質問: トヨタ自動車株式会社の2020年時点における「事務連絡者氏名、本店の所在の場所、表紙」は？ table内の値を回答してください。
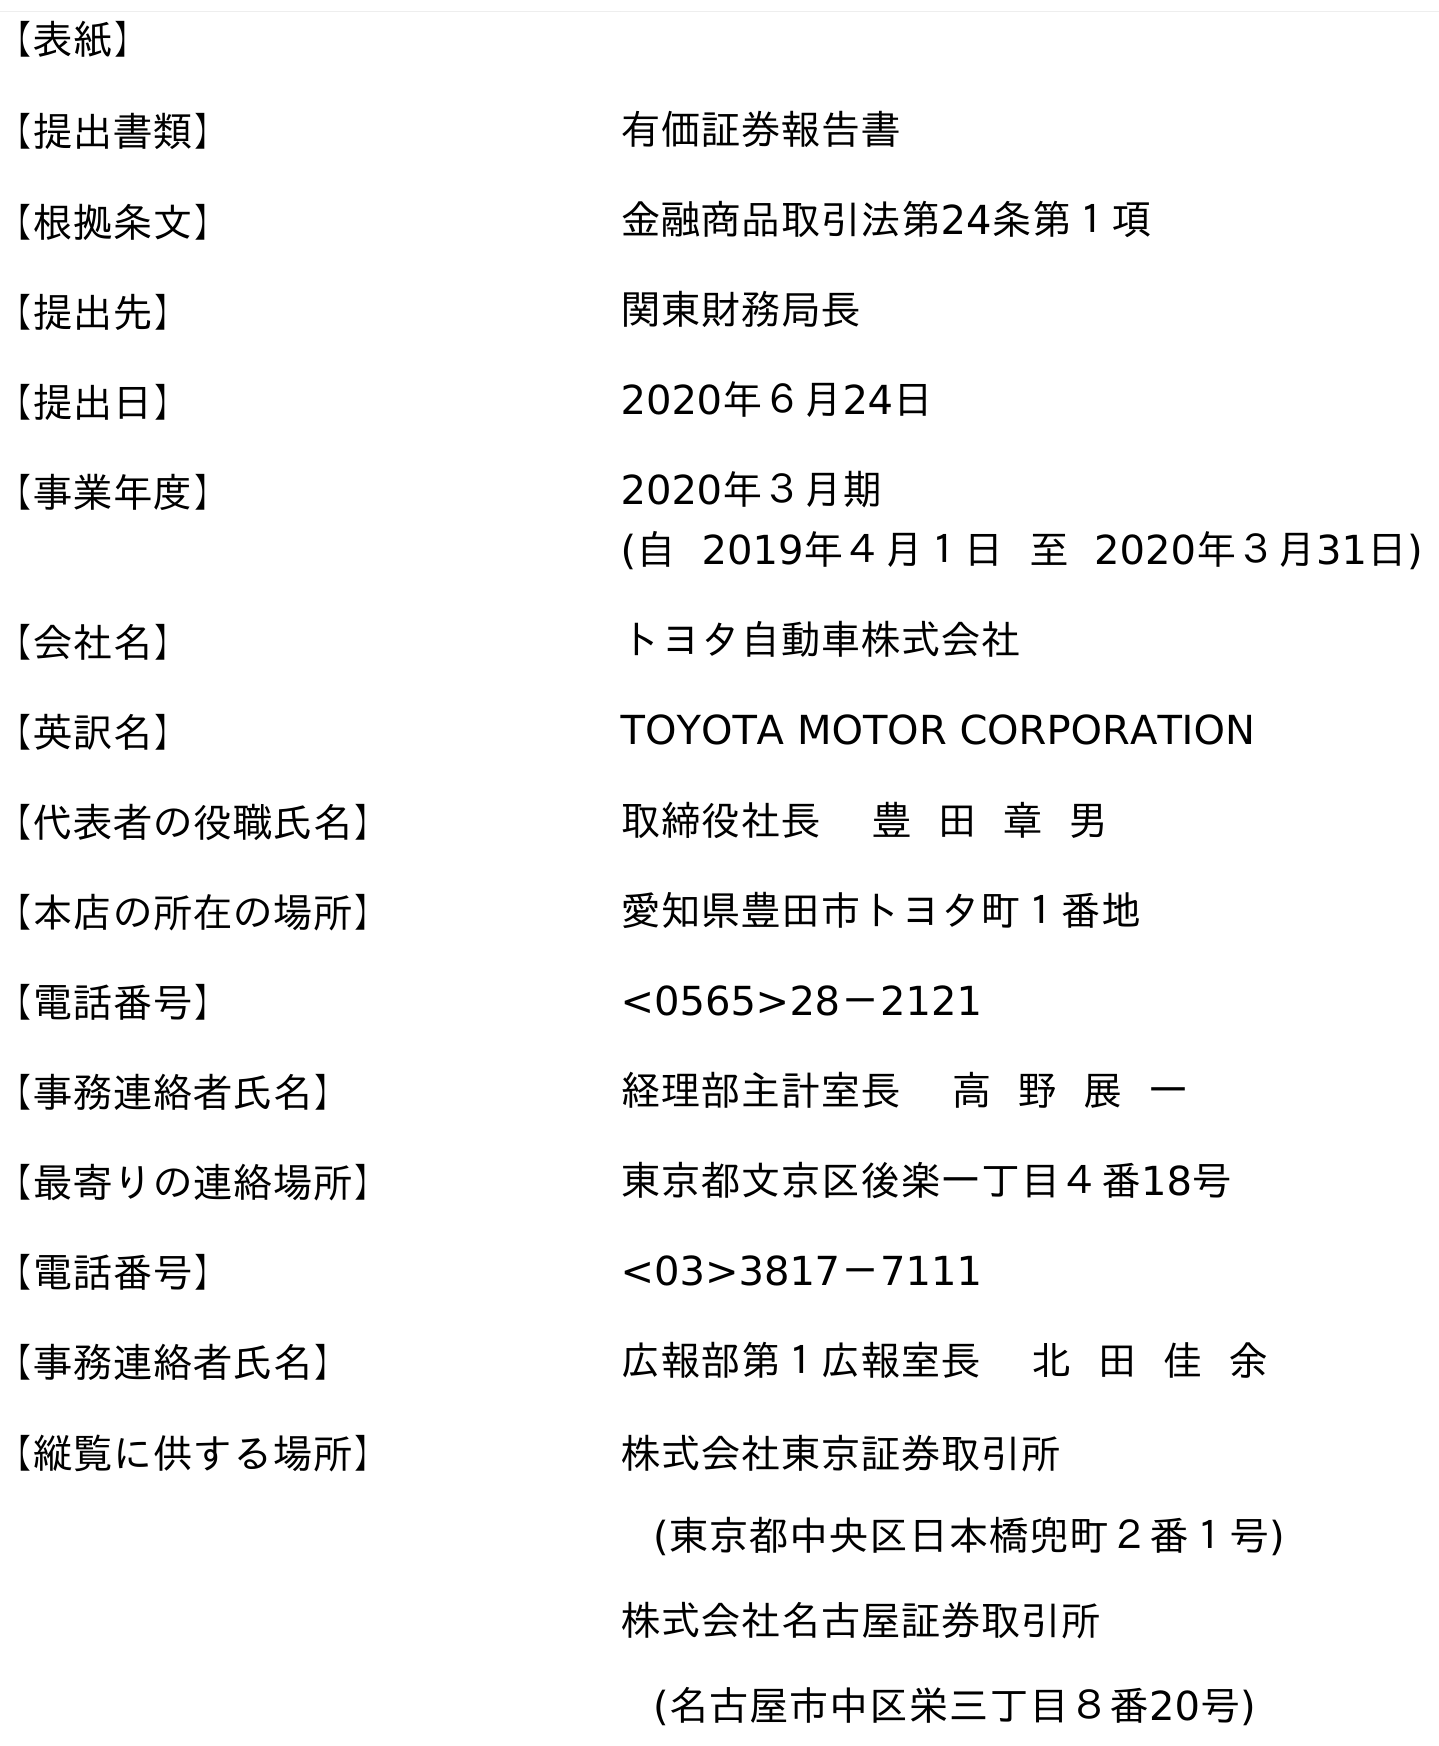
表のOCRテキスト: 【表紙】 【提出書類】 有価証券報告書 【根拠条文】 金融商品取引法第24条第１項 【提出先】 関東財務局長 【提出日】 2020年６月24日 【事業年度】 2020年３月期 (自 2019年４月１日 至 2020年３月31日) 【会社名】 トヨタ自動車株式会社 【英訳名】 TOYOTA MOTOR CORPORATION 【代表者の役職氏名】 取締役社長 豊 田 章 男 【本店の所在の場所】 愛知県豊田市トヨタ町１番地 【電話番号】 <0565>28－2121 【事務連絡者氏名】 経理部主計室長 高 野 展 一 【最寄りの連絡場所】 東京都文京区後楽一丁目４番18号 【電話番号】 <03>3817－7111 【事務連絡者氏名】 広報部第１広報室長 北 田 佳 余 【縦覧に供する場所】 株式会社東京証券取引所 (東京都中央区日本橋兜町２番１号) 株式会社名古屋証券取引所 (名古屋市中区栄三丁目８番20号)
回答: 経理部主計室長高野展一